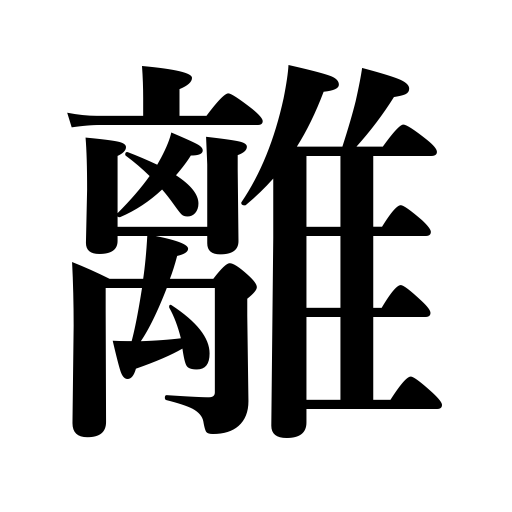
Meanings: isolate,be separated by three years,become disjoined,leave,part from,separate,become estranged,set free,get free,let go,release,alienate,depart from,detach,disconnect,come off,keep apart,be three miles away,quit,separation,sever,digress